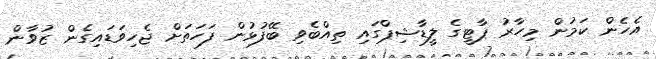
އެހެން ކަމުން މިހާރު ޕާޓީގެ ލީޑާޝިޕްގައި ތިއްބެވި ބޭފުޅުން ފަހަތަށް ޖެހިވަޑައިގެން ޒުވާން